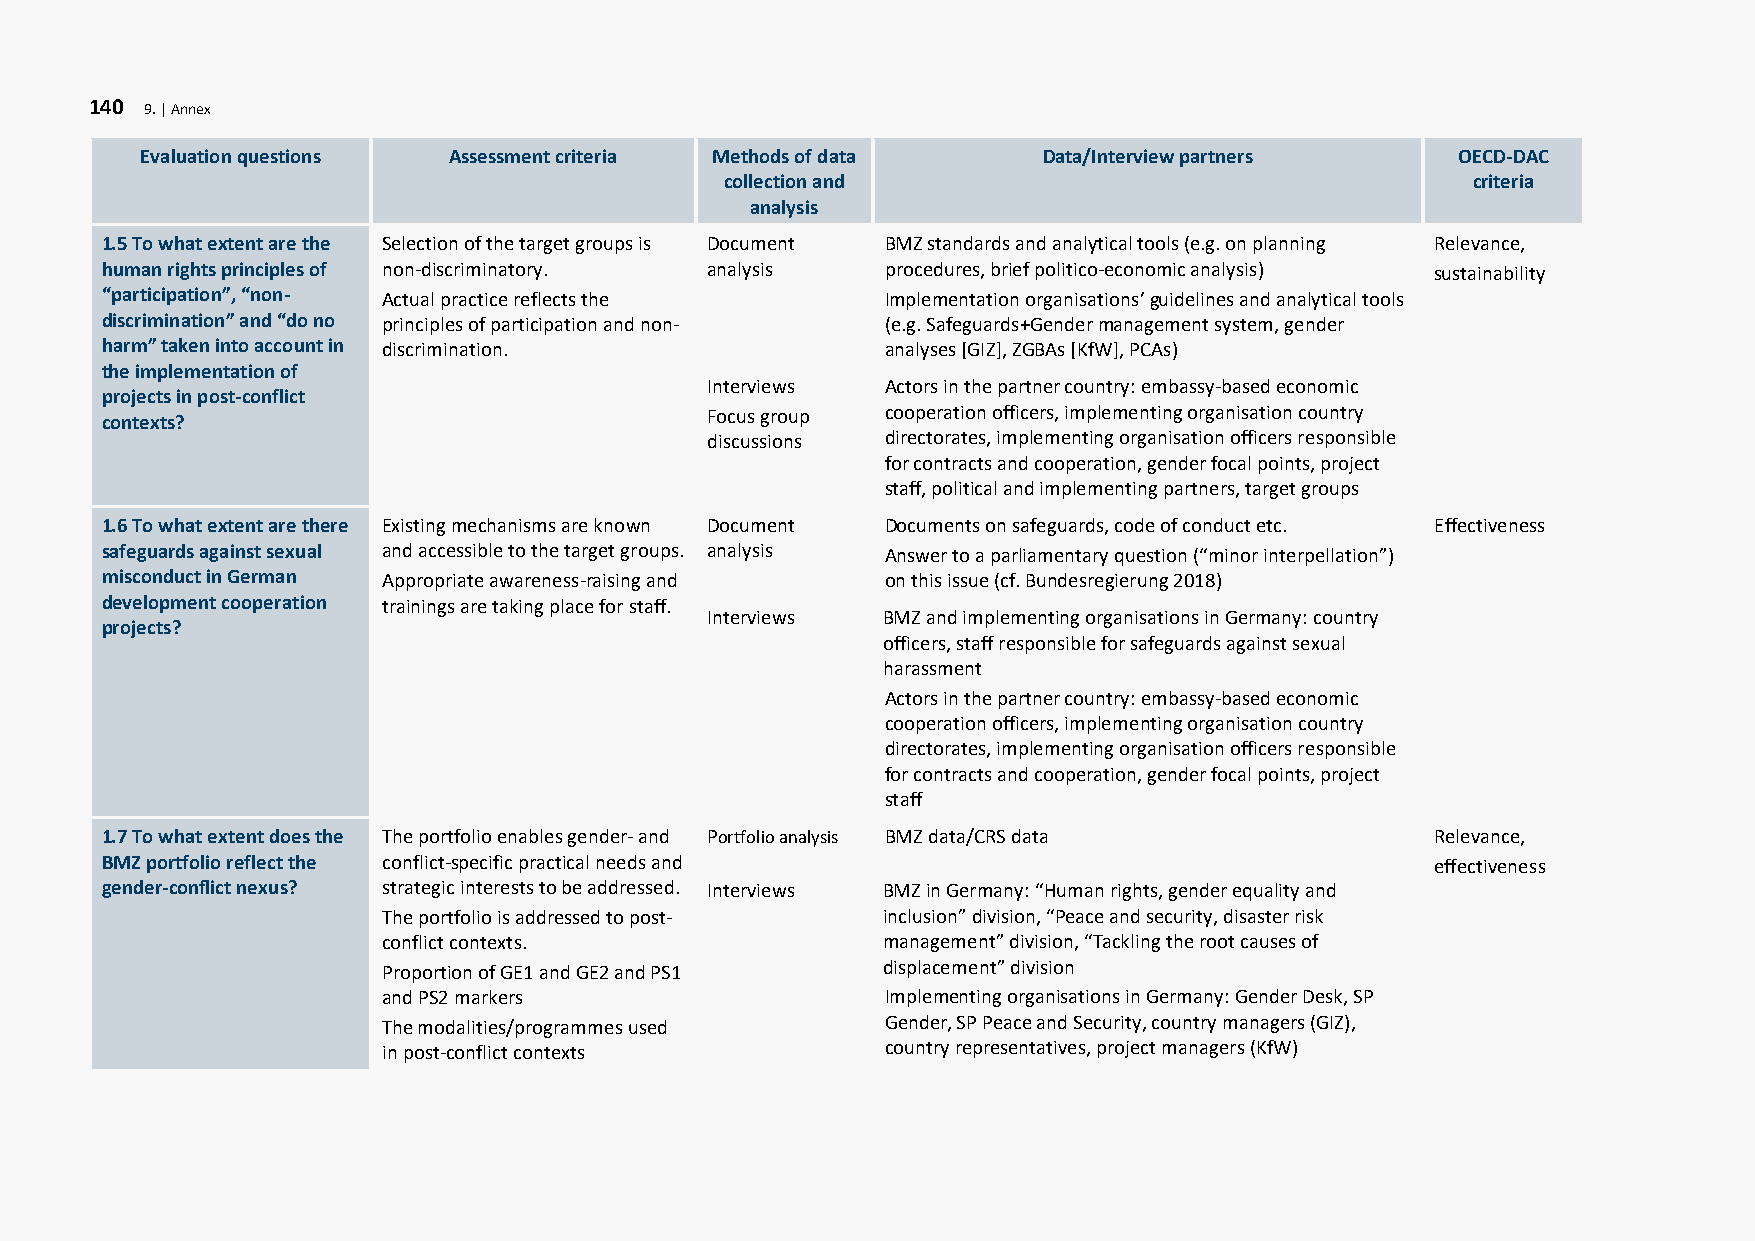
140 9. | Annex
 Evaluation questions Assessment criteria Methods of data    Data/Interview partners     OECD-DAC
 collection and                                    criteria
 analysis
 1.5 To what extent are the Selection of the target groups is Document BMZ standards and analytical tools (e.g. on planning Relevance,
 human rights principles of non-discriminatory. analysis procedures, brief politico-economic analysis) sustainability
 “participation”, “non- Actual practice reflects the Implementation organisations’ guidelines and analytical tools
 discrimination” and “do no principles of participation and non- (e.g. Safeguards+Gender management system, gender
 harm” taken into account in discrimination.         analyses [GIZ], ZGBAs [KfW], PCAs)
 the implementation of
 Interviews  Actors in the partner country: embassy-based economic
 projects in post-conflict
 Focus group cooperation officers, implementing organisation country
 contexts?
 discussions directorates, implementing organisation officers responsible
 for contracts and cooperation, gender focal points, project
 staff, political and implementing partners, target groups
 1.6 To what extent are there Existing mechanisms are known Document Documents on safeguards, code of conduct etc. Effectiveness
 safeguards against sexual and accessible to the target groups. analysis Answer to a parliamentary question (“minor interpellation”)
 misconduct in German Appropriate awareness-raising and on this issue (cf. Bundesregierung 2018)
 development cooperation trainings are taking place for staff.
 Interviews  BMZ and implementing organisations in Germany: country
 projects?
 officers, staff responsible for safeguards against sexual
 harassment
 Actors in the partner country: embassy-based economic
 cooperation officers, implementing organisation country
 directorates, implementing organisation officers responsible
 for contracts and cooperation, gender focal points, project
 staff
 1.7 To what extent does the The portfolio enables gender- and Portfolio analysis BMZ data/CRS data Relevance,
 BMZ portfolio reflect the conflict-specific practical needs and                         effectiveness
 gender-conflict nexus? strategic interests to be addressed. Interviews BMZ in Germany: “Human rights, gender equality and
 The portfolio is addressed to post- inclusion” division, “Peace and security, disaster risk
 conflict contexts.                management” division, “Tackling the root causes of
 Proportion of GE1 and GE2 and PS1 displacement” division
 and PS2 markers                   Implementing organisations in Germany: Gender Desk, SP
 The modalities/programmes used    Gender, SP Peace and Security, country managers (GIZ),
 in post-conflict contexts         country representatives, project managers (KfW)